Indian journal of veterinary science and animal husbandry - Volume 1,
Year: 1931
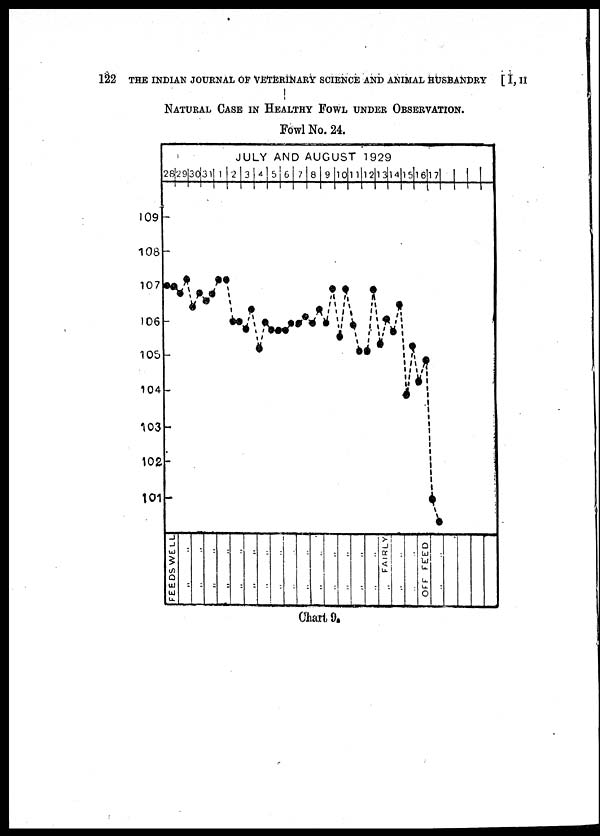
122 THE INDIAN JOURNAL OF VETERINARY SCIENCE AND ANIMAL HUSBANDRY [ I, II
NATURAL CASE IN HEALTHY FOWL UNDER OBSERVATION.
Fowl No. 24.